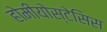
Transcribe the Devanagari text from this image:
होमीयोस्टेसिस